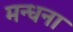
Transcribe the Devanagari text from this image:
मन्धना